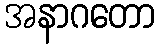
အနာဂတော